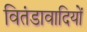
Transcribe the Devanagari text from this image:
वितंडावादियों